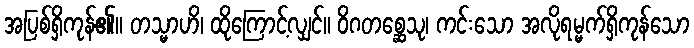
အပြစ်ရှိကုန်၏။ တသ္မာဟိ၊ ထိုကြောင့်လျှင်။ ဝိဂတစ္ဆေသု၊ ကင်းသော အလိုရမ္မက်ရှိကုန်သော